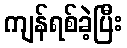
ကျန်ရစ်ခဲ့ပြီး